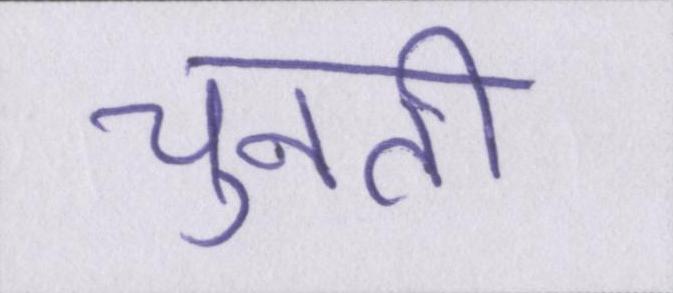
चुनती